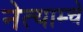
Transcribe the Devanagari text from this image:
नेत्याम्चे